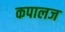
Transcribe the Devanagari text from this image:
कपालज